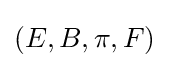
(E,B,\pi ,F)